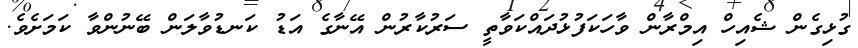
ގުޅިގެން ޝެއިހް އިމްރާން ވާހަކަފުޅުދައްކަވާތީ ސަރުކާރުން އޭނާގެ އަޑު ކަނޑުވާލަން ބޭނުންވާ ކަމަށެވެ.